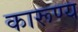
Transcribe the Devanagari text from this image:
कारूण्य